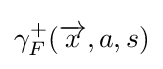
\gamma _{F}^{+}({\overrightarrow {x}},a,s)